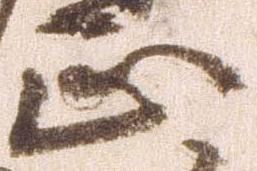
正